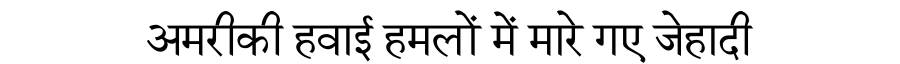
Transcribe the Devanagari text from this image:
अमरीकी हवाई हमलों में मारे गए जेहादी